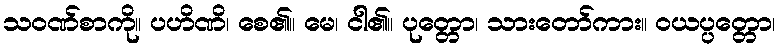
သဝဏ်စာကို။ ပဟိဏိ၊ စေ၏။ မေ၊ ငါ၏။ ပုတ္တော၊ သားတော်ကား။ ဝယပ္ပတ္တော၊